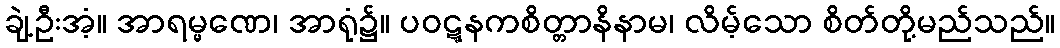
ချဲ့ဦးအံ့။ အာရမ္မဏေ၊ အာရုံ၌။ ပဝဋ္ဋနကစိတ္တာနိနာမ၊ လိမ့်သော စိတ်တို့မည်သည်။